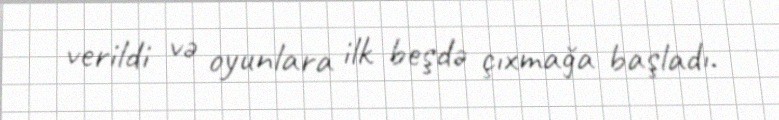
verildi və oyunlara ilk beşdə çıxmağa başladı.